Report on lock hospitals in British Burma
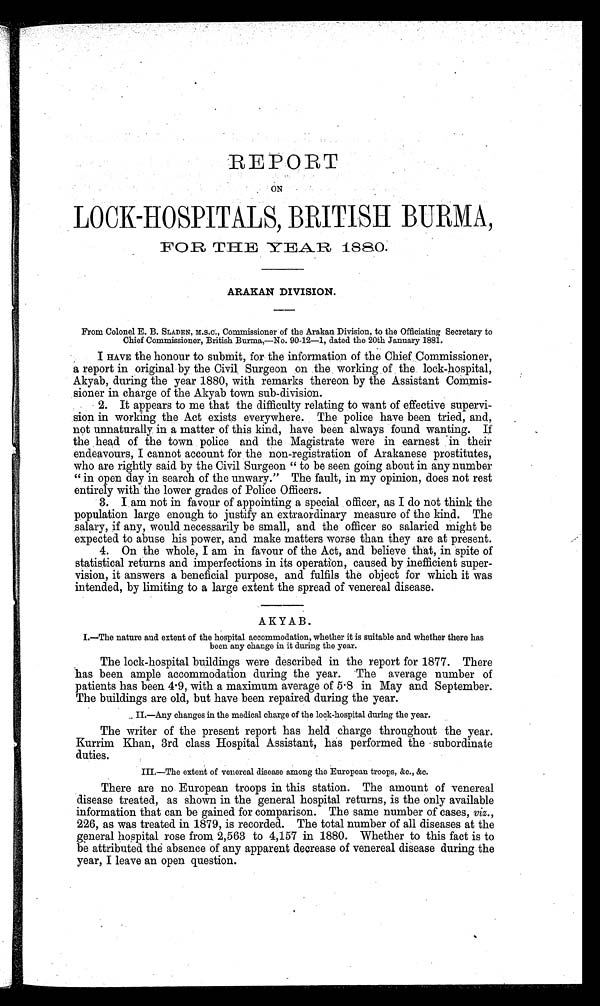
REPORT
ON
LOCK-HOSPITALS, BRITISH BURMA,
FOR THE YEAR
1880.
ARAKAN DIVISION.
From Colonel E. B. SLADEN, M.S.C., Commissioner of the Arakan Division, to the Officiating Secretary to
Chief Commissioner, British Burma,—No. 90-12—1, dated the 20th January 1881.
I HAVE the honour to submit, for the information of the Chief Commissioner,
a report in original by the Civil Surgeon on the working of the lock-hospital,
Akyab, during the year 1880, with remarks thereon by the Assistant Commis
sioner in charge of the Akyab town sub-division.
2. It appears to me that the difficulty relating to want of effective supervi
sion in working the Act exists everywhere. The police have been tried, and,
not unnaturally in a matter of this kind, have been always found wanting. If
the head of the town police and the Magistrate were in earnest in their
endeavours, I cannot account for the non-registration of Arakanese prostitutes,
who are rightly said by the Civil Surgeon " to be seen going about in any number
" in open day in search of the unwary." The fault, in my opinion, does not rest
entirely with the lower grades of Police Officers.
3. I am not in favour of appointing a special officer, as I do not think the
population large enough to justify an extraordinary measure of the kind. The
salary, if any, would necessarily be small, and the officer so salaried might be
expected to abuse his power, and make matters worse than they are at present.
4. On the whole, I am in favour of the Act, and believe that, in spite of
statistical returns and imperfections in its operation, caused by inefficient super
vision, it answers a beneficial purpose, and fulfils the object for which it was
intended, by limiting to a large extent the spread of venereal disease.
AKYAB.
I.—The nature and extent of the hospital accommodation, whether it is suitable and whether there has
been any change in it during the year.
The lock-hospital buildings were described in the report for 1877. There
has been ample accommodation during the year. The average number of
patients has been 4. 9, with a maximum average of 5 . 8 in May and September.
The buildings are old, but have been repaired during the year.
II.—Any changes in the medical charge of the lock-hospital during the year.
The writer of the present report has held charge throughout the year.
Kurrim Khan, 3rd class Hospital Assistant, has performed the subordinate
duties.
III.—The extent of venereal disease among the European troops, &c., &c.
There are no European troops in this station. The amount of venereal
disease treated, as shown in the general hospital returns, is the only available
information that can be gained for comparison. The same number of cases, viz.,
226, as was treated in 1879, is recorded. The total number of all diseases at the
general hospital rose from 2,563 to 4,157 in 1880. Whether to this fact is to
be attributed the absence of any apparent decrease of venereal disease during the
year, I leave an open question.